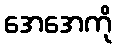
အေအေကို